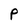
Character: P